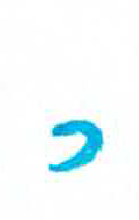
אות: כ